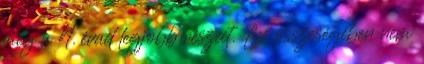
meg a 4. évad legjobb részeit. Én összeségében nem